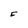
Character: 5